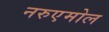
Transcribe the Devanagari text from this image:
नरुएमोल